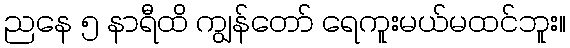
ညနေ ၅ နာရီထိ ကျွန်တော် ရေကူးမယ်မထင်ဘူး။